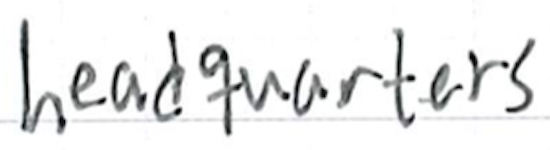
Text: headquarters
Cross-out: clean
Writing tool: ballpoint